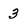
Character: 3